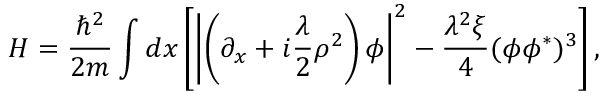
H = \frac { \hbar ^ { 2 } } { 2 m } \int d x \left[ \left| \left( \partial _ { x } + i { \frac { \lambda } { 2 } } \rho ^ { 2 } \right) \phi \right| ^ { 2 } - \frac { \lambda ^ { 2 } \xi } { 4 } ( \phi \phi ^ { * } ) ^ { 3 } \right] ,